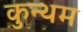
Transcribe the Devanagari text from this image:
कुन्थम